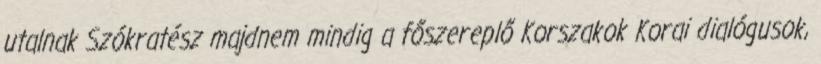
utalnak Szókratész majdnem mindig a főszereplő Korszakok Korai dialógusok,